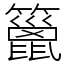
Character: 䉭